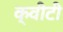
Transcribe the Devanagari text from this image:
क्‍वीटी